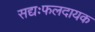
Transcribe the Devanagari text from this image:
सद्यःफलदायक